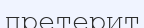
претерит